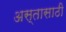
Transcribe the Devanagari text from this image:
अस्तासाठी